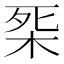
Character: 𣑘